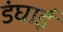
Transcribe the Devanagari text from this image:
डंघाई